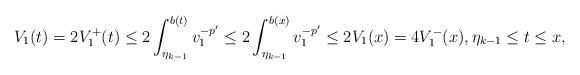
LaTeX: \begin{align*} V_1(t)=2V_1^+(t)\le 2\int_{\eta_{k-1}}^{b(t)}v_1^{-p'}\le 2\int_{\eta_{k-1}}^{b(x)}v_1^{-p'} \le 2V_1(x)=4V_1^-(x), \eta_{k-1}\le t\le x,\end{align*}